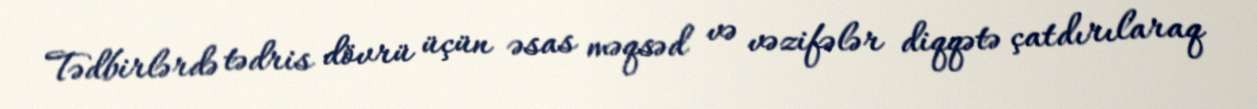
Tədbirlərdə tədris dövrü üçün əsas məqsəd və vəzifələr diqqətə çatdırılaraq